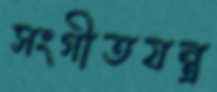
সংগীতযন্ত্র